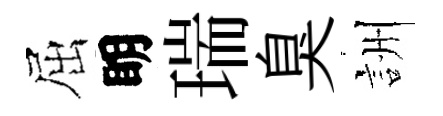
屈眀瑞臭詶